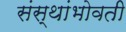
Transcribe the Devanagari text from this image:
संस्थांभोवती